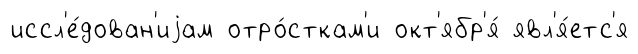
иссл'е́дован'иjам отро́сткам'и окт'ябр'я́ явл'я́етс'я